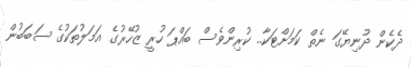
ދެކެން ދުނިޔޭގަ ނެތް ކަމަށްޓަކާ.. ކުރިންވެސް ބައްޕަ ހުރީ ޒުހޭރުގެ އަމަލުތަކުގެ ސަބަބުން